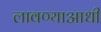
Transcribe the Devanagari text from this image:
लावण्‍याआधी